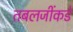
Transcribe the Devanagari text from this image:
तबलजींकडे